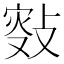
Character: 𢾐